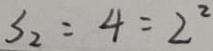
S _ { 2 } = 4 = 2 ^ { 2 }